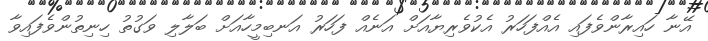
އޭނާ ހައިރާންވެފައި އެއްފަހަރު އެކުވެރިޔާއަށް އަނެއް ފަހަރު އަނބިމީހާއަށް ބަލާލި ވަގުތު ހިނިތުންވެފައިވާ